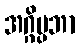
အဂ္ဂိပ္ပဘာ